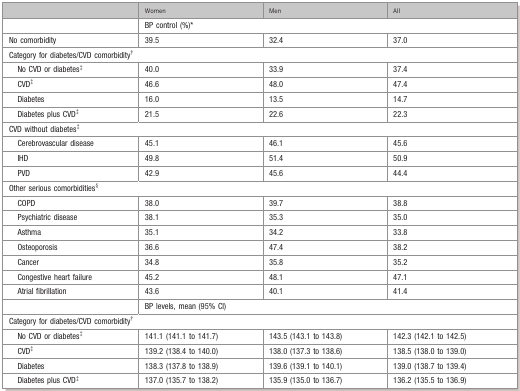
|  | Women | Men | All |
 | --- | --- | --- | --- |
 |  | <COLSPAN=3> BP control (%)* |
 | No comorbidity | 39.5 | 32.4 | 37.0 |
 | <COLSPAN=4> Category for diabetes/CVD comorbidity* |
 | No CVD or diabetes* | 40.0 | 33.9 | 37.4 |
 | CVD* | 46.6 | 48.0 | 47.4 |
 | Diabetes | 16.0 | 13.5 | 14.7 |
 | Diabetes plus CVD* | 21.5 | 22.6 | 22.3 |
 | <COLSPAN=4> CVD without diabetes* |
 | Cerebrovascular disease | 45.1 | 46.1 | 45.6 |
 | IHD | 49.8 | 51.4 | 50.9 |
 | PVD | 42.9 | 45.6 | 44.4 |
 | <COLSPAN=4> Other serious comorbidities* |
 | COPD | 38.0 | 39.7 | 38.8 |
 | Psychiatric disease | 38.1 | 35.3 | 35.0 |
 | Asthma | 35.1 | 34.2 | 33.8 |
 | Osteoporosis | 36.6 | 47.4 | 38.2 |
 | Cancer | 34.8 | 35.8 | 35.2 |
 | Congestive heart failure | 45.2 | 48.1 | 47.1 |
 | Atrial fibrillation | 43.6 | 40.1 | 41.4 |
 |  | <COLSPAN=3> BP levels, mean (95% CI) |
 | <COLSPAN=4> Category for diabetes/CVD comorbidity* |
 | No CVD or diabetes* | 141.1 (141.1 to 141.7) | 143.5 (143.1 to 143.8) | 142.3 (142.1 to 142.5) |
 | CVD* | 139.2 (138.4 to 140.0) | 138.0 (137.3 to 138.6) | 138.5 (138.0 to 139.0) |
 | Diabetes | 138.3 (137.8 to 138.9) | 139.6 (139.1 to 140.1) | 139.0 (138.7 to 139.4) |
 | Diabetes plus CVD* | 137.0 (135.7 to 138.2) | 135.9 (135.0 to 136.7) | 136.2 (135.5 to 136.9) |